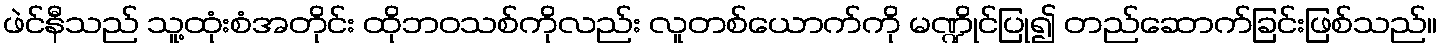
ဖဲင်နီသည် သူ့ထုံးစံအတိုင်း ထိုဘဝသစ်ကိုလည်း လူတစ်ယောက်ကို မဏ္ဍိုင်ပြု၍ တည်ဆောက်ခြင်းဖြစ်သည်။